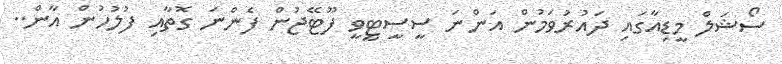
ސޯޝަލް މީޑިއާގައި ދައުރުވަމުން އަންނަ ސީސީޓީވީ ފޫޓޭޖުން ފެންނަ ގޮތާއި ފުލުހުން އާން..